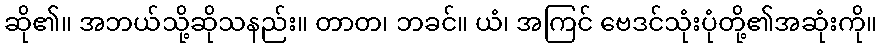
ဆို၏။ အဘယ်သို့ဆိုသနည်း။ တာတ၊ ဘခင်။ ယံ၊ အကြင် ဗေဒင်သုံးပုံတို့၏အဆုံးကို။